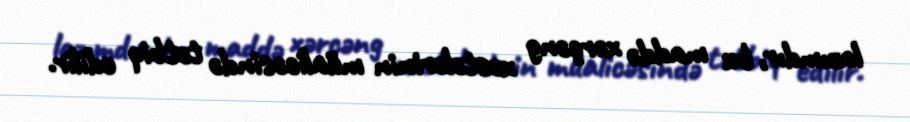
lazımdır, bu maddə xərçəng xəstələrinin müalicəsində tətbiq edilir.